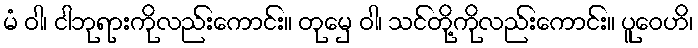
မံ ဝါ၊ ငါဘုရားကိုလည်းကောင်း။ တုမှေ ဝါ၊ သင်တို့ကိုလည်းကောင်း။ ပူဝေဟိ၊